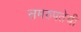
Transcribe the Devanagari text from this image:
समरुपतेची